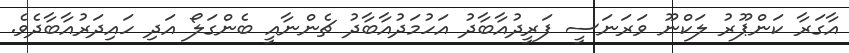
އާގަރާ ކަންޕޫރު ލަކްނޫ ވަރަނަސީ ފަރީދުއާބާދު އަހުމަދުއާބާދު ޗެންނާއީ ބެންގަލޯ އަދި ހައިދަރުއާބާދެވެ.